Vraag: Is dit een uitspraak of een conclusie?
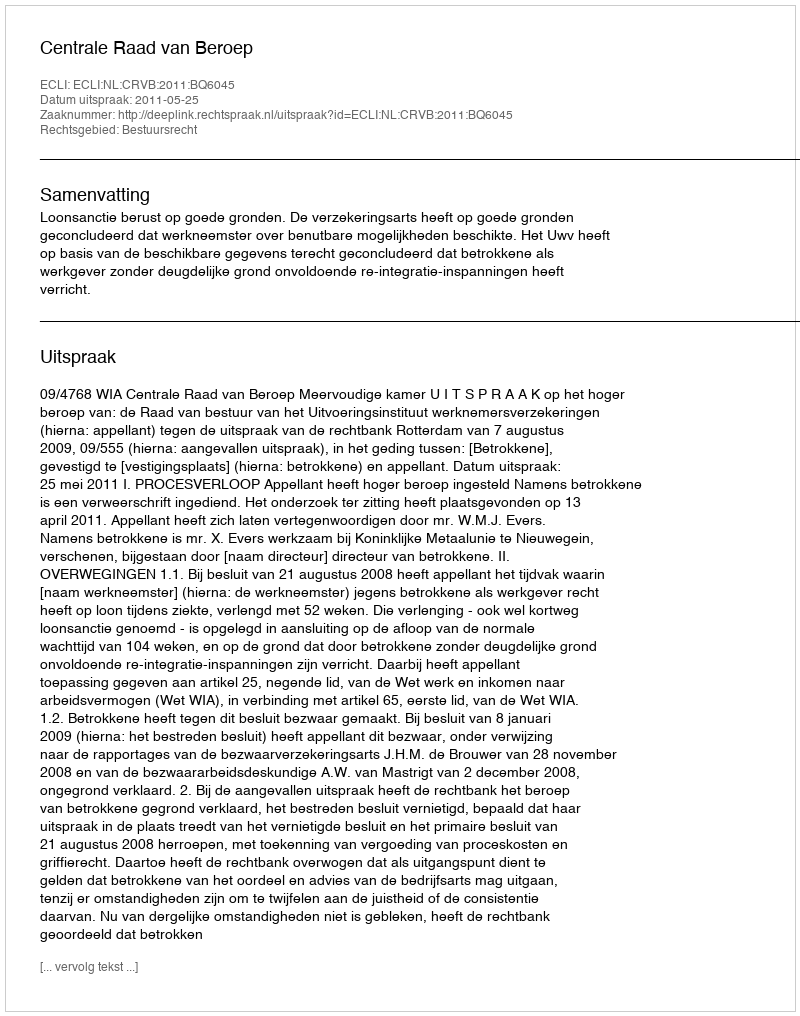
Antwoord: Uitspraak